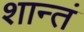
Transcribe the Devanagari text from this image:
शान्तं